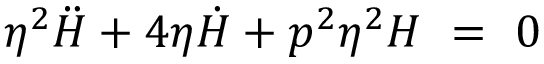
\eta ^ { 2 } \ddot { H } + 4 \eta \dot { H } + p ^ { 2 } \eta ^ { 2 } H ~ = ~ 0